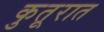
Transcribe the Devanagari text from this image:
कुतूरात